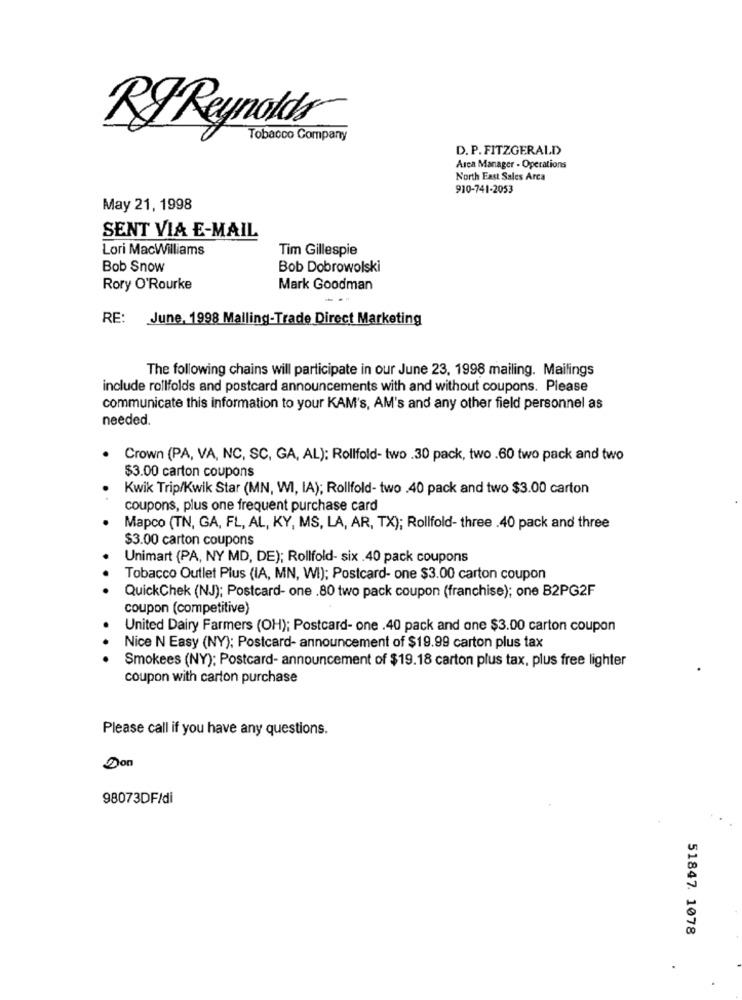
RYReynolds
Tobacco Company
D. P. FITZGERALD
Area Manager - Operations
North East Sales Arca
910-741-2053
May 21, 1998
SENT VIA E-MAIL
Lori MacWilliams
Tim Gillespie
Bob Snow
Bob Dobrowolski
Rory O'Rourke
Mark Goodman
RE: June, 1998 Malling-Trade Direct Marketing
The following chains will participate in our June 23, 1998 mailing. Mailings
include rollfolds and postcard announcements with and without coupons. Please
communicate this information to your KAM's, AM's and any other field personnel as
needed.
Crown (PA, VA, NC, SC, GA, AL): Rollfold- two .30 pack, two .60 two pack and two
$3.00 carton coupons
Kwik Trip/Kwik Star (MN, WI, IA); Rollfold- two .40 pack and two $3.00 carton
coupons, plus one frequent purchase card
Mapco (TN, GA, FL, AL, KY, MS, LA, AR, TX); Rollfold- three .40 pack and three
$3.00 carton coupons
Unimart (PA, NY MD, DE); Rollfold- six . 40 pack coupons
Tobacco Outlet Plus (IA, MN, WI); Postcard- one $3.00 carton coupon
QuickChek (NJ); Postcard- one .80 two pack coupon (franchise); one B2PG2F
coupon (competitive)
United Dairy Farmers (OH); Postcard- one .40 pack and one $3.00 carton coupon
Nice N Easy (NY); Postcard- announcement of $19.99 carton plus tax
Smokees (NY): Postcard- announcement of $19.18 carton plus tax, plus free lighter
coupon with carton purchase
Please call if you have any questions.
Don
98073DF/di
51847. 1078